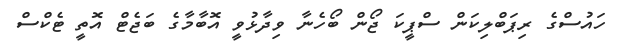
ހައުސްގެ ރިޕަބްލިކަން ސްޕީކަ ޖޯން ބޯހެނާ ވިދާޅުވީ އޮބާމާގެ ބަޖެޓް އޮތީ ޓެކްސް